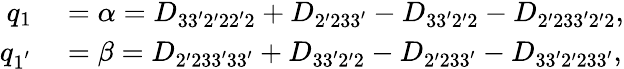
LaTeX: \begin{array}{rl}{q_{1}}&{{}=\alpha=D_{33^{\prime}2^{\prime}22^{\prime}2}+D_{2^{\prime}233^{\prime}}-D_{33^{\prime}2^{\prime}2}-D_{2^{\prime}233^{\prime}2^{\prime}2},}\\ {q_{1^{'}}}&{{}=\beta=D_{2^{\prime}233^{\prime}33^{\prime}}+D_{33^{\prime}2^{\prime}2}-D_{2^{\prime}233^{\prime}}-D_{33^{\prime}2^{\prime}233^{\prime}},}\end{array}